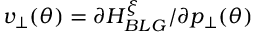
v _ { \perp } ( \theta ) = { \partial H _ { B L G } ^ { \xi } } / { \partial p _ { \perp } ( \theta ) }